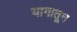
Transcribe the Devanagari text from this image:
यागातून